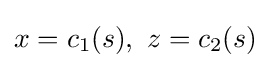
x=c_{1}(s),\,\,z=c_{2}(s)